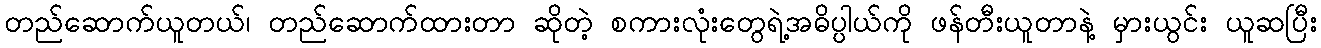
တည်ဆောက်ယူတယ်၊ တည်ဆောက်ထားတာ ဆိုတဲ့ စကားလုံးတွေရဲ့အဓိပ္ပါယ်ကို ဖန်တီးယူတာနဲ့ မှားယွင်း ယူဆပြီး